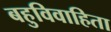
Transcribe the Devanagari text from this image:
बहुविवाहिता